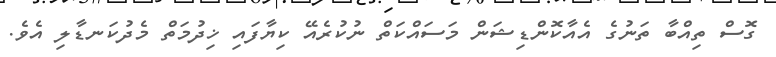
ގޮސް ތިއްބާ ތަނުގެ އެއާކޮންޑިޝަން މަސައްކަތް ނުކުރެއޭ ކިޔާފައި ޚިދުމަތް މެދުކަނޑާލި އެވެ.